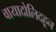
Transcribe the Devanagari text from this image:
वायादोलिदहून